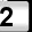
Digit: 2